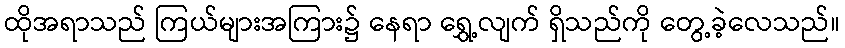
ထိုအရာသည် ကြယ်များအကြား၌ နေရာ ရွှေ့လျက် ရှိသည်ကို တွေ့ခဲ့လေသည်။